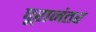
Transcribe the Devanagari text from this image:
पूरानंतर